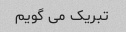
تبریک می گویم